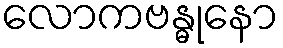
လောကဗန္ဓုနော